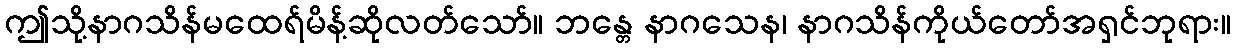
ဤသို့နာဂသိန်မထေရ်မိန့်ဆိုလတ်သော်။ ဘန္တေ နာဂသေန၊ နာဂသိန်ကိုယ်တော်အရှင်ဘုရား။